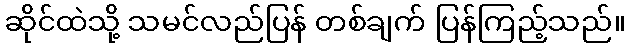
ဆိုင်ထဲသို့ သမင်လည်ပြန် တစ်ချက် ပြန်ကြည့်သည်။